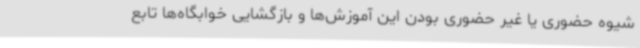
شیوه حضوری یا غیر حضوری بودن این آموزش‌ها و بازگشایی خوابگاه‌ها تابع